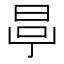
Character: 𣆪